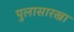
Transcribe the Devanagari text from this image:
पुलासारखा